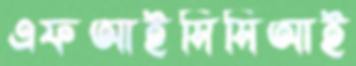
এফআইসিসিআই